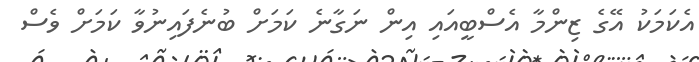
އެކަމަކު އޭގެ ޒިންމާ އެސްބީއައި އިން ނަގާނެ ކަމަށް ބުނެފައިނުވާ ކަމަށް ވެސް